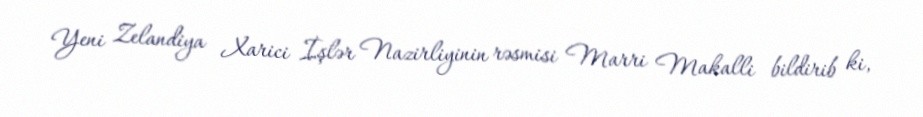
Yeni Zelandiya Xarici İşlər Nazirliyinin rəsmisi Marri Makalli bildirib ki,